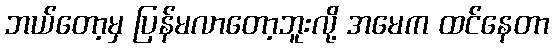
ဘယ်တော့မှ ပြန်မလာတော့ဘူးလို့ အမေက ထင်နေတာ